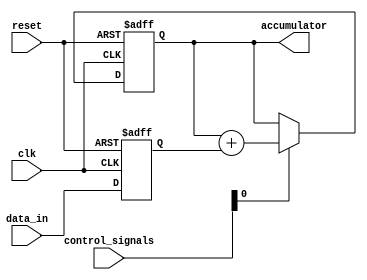
module fixed_point_accumulator (
  input wire clk,
  input wire reset,
  input wire [15:0] data_in,
  input wire [7:0] control_signals,
  output reg [31:0] accumulator
);

reg [15:0] data_reg;

always @(posedge clk or posedge reset) begin
  if (reset) begin
    data_reg <= 16'd0;
    accumulator <= 32'd0;
  end else begin
    data_reg <= data_in;
    if (control_signals[0] == 1'b1) begin
      accumulator <= accumulator + data_reg;
    end
  end
end

endmodule